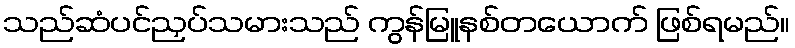
သည်ဆံပင်ညှပ်သမားသည် ကွန်မြူနစ်တယောက် ဖြစ်ရမည်။